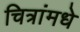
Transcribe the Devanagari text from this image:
चित्रांमधे